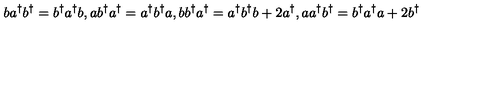
b a ^ { \dagger } b ^ { \dagger } = b ^ { \dagger } a ^ { \dagger } b , a b ^ { \dagger } a ^ { \dagger } = a ^ { \dagger } b ^ { \dagger } a , b b ^ { \dagger } a ^ { \dagger } = a ^ { \dagger } b ^ { \dagger } b + 2 a ^ { \dagger } , a a ^ { \dagger } b ^ { \dagger } = b ^ { \dagger } a ^ { \dagger } a + 2 b ^ { \dagger }